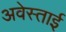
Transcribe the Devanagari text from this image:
अवेस्ताई